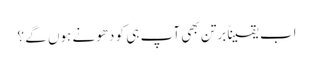
اب یقیناً برتن بھی آپ ہی کو دھونے ہوں گے ؟